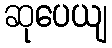
ဆုပေယျ